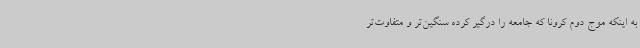
به اینکه موج دوم کرونا که جامعه را درگیر کرده سنگین‌تر و متفاوت‌تر